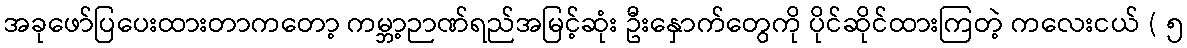
အခုဖော်ပြပေးထားတာကတော့ ကမ္ဘာ့ဉာဏ်ရည်အမြင့်ဆုံး ဦးနှောက်တွေကို ပိုင်ဆိုင်ထားကြတဲ့ ကလေးငယ် ( ၅